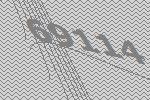
69114